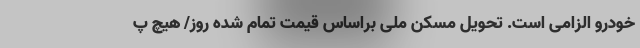
خودرو الزامی است. تحویل مسکن ملی براساس قیمت‌ تمام شده روز/ هیچ پ